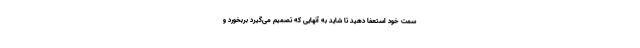
سمت خود استعفا دهید تا شاید به آنهایی که تصمیم می‌گیرد بربخورد و